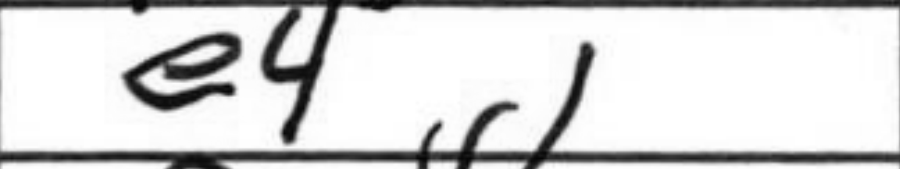
Transcription: e4